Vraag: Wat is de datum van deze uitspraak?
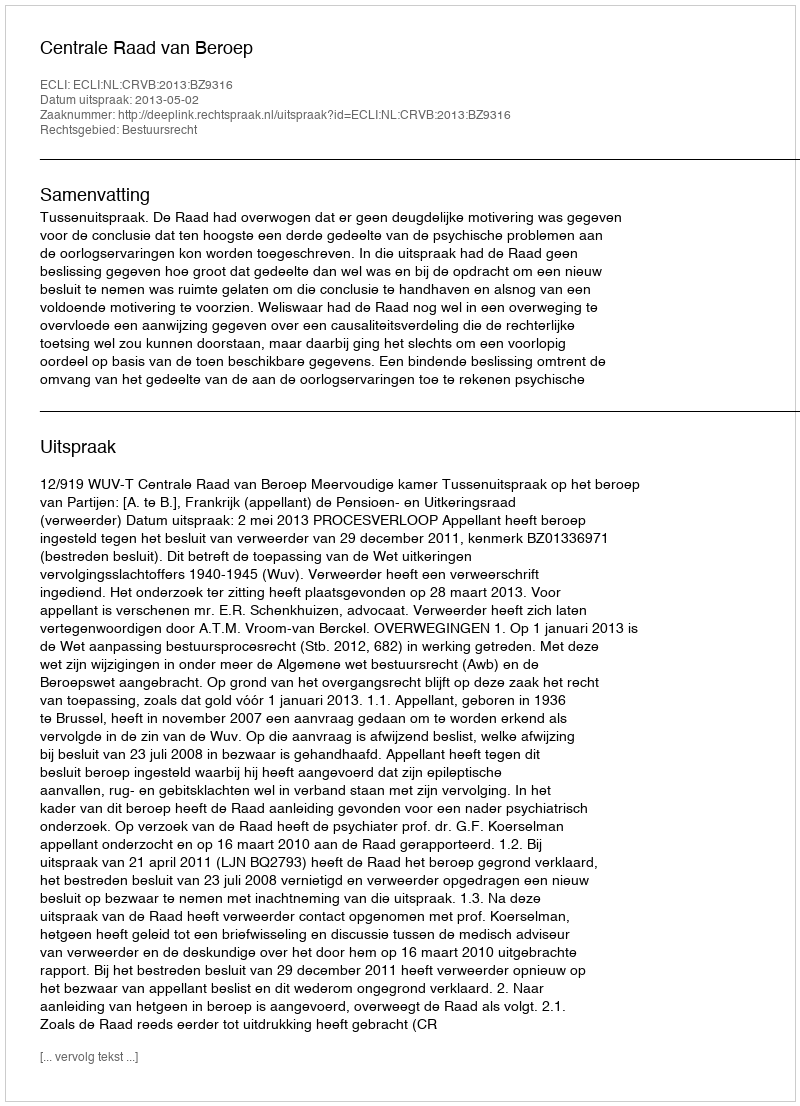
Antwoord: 2013-05-02